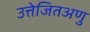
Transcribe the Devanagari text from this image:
उत्तेजितअणु